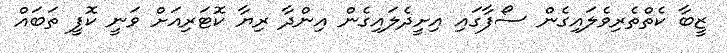
ޒީބާ ކެތްތެރިވެލައިގެން ސޯފާގައި އިށީދެލައިގެން އިންދާ ރިޔާ ކޮޓަރިއަށް ވަނީ ކޮފީ ތަބައް